Leaving Certificate Examination (including Day School Certificate (Higher) General paper), 1936
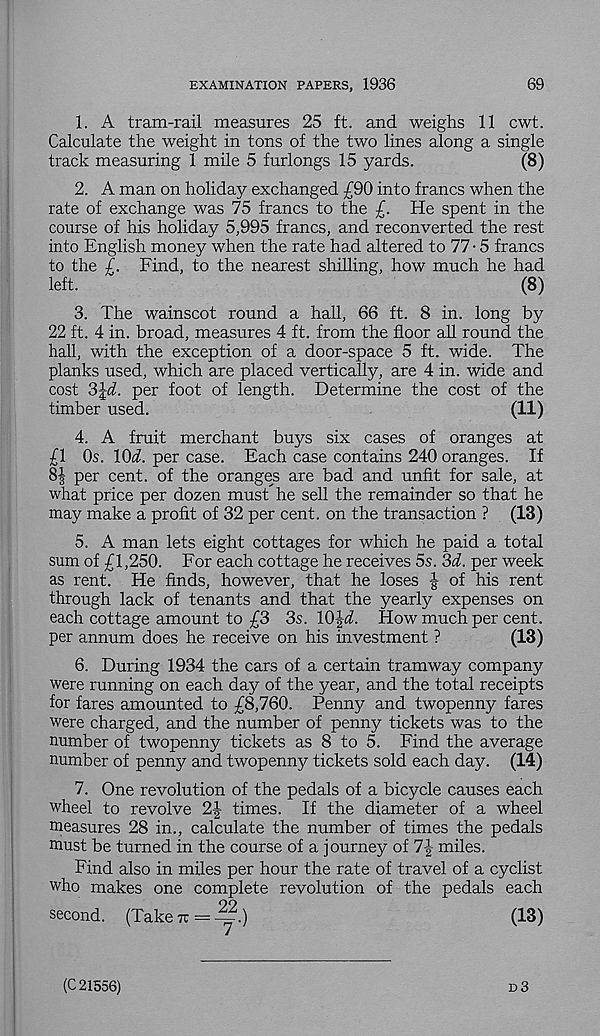
EXAMINATION PAPERS, 1936
69
1. A tram-rail measures 25 ft. and weighs 11 cwt.
Calculate the weight in tons of the two lines along a single
track measuring 1 mile 5 furlongs 15 yards.
(8)
2. A man on holiday exchanged £90 into francs when the
rate of exchange was 75 francs to the £. He spent in the
course of his holiday 5,995 francs, and reconverted the rest
into English money when the rate had altered to 77 • 5 francs
to the £. Find, to the nearest shilling, how much he had
left.
(8)
3. The wainscot round a hall, 66 ft. 8 in. long by
22 ft. 4 in. broad, measures 4 ft. from the floor all round the
hall, with the exception of a door-space 5 ft. wide. The
planks used, which are placed vertically, are 4 in. wide and
cost 3|A. per foot of length. Determine the cost of the
timber used.
(11)
4. A fruit merchant buys six cases of oranges at
£1 Os. \0d. per case. Each case contains 240 oranges. If
8| per cent, of the oranges are bad and unfit for sale, at
what price per dozen must" he sell the remainder so that he
may make a profit of 32 per cent, on the transaction ? (13)
5. A man lets eight cottages for which he paid a total
sum of £1,250. For each cottage he receives 5s. 3A per week
as rent. He finds, however, that he loses | of his rent
through lack of tenants and that the yearly expenses on
each cottage amount to £3 3s. 10|^. How much per cent,
per annum does he receive on his investment ?
(13)
6. During 1934 the cars of a certain tramway company
were running on each day of the year, and the total receipts
for fares amounted to £8,760. Penny and twopenny fares
were charged, and the number of penny tickets was to the
number of twopenny tickets as 8 to 5. Find the average
number of penny and twopenny tickets sold each day. (14)
7. One revolution of the pedals of a bicycle causes each
wheel to revolve 2|- times. If the diameter of a wheel
measures 28 in., calculate the number of times the pedals
must be turned in the course of a journey of 7|- miles.
Find also in miles per hour the rate of travel of a cyclist
who makes one complete revolution of the pedals each
second. (Take n = ~.)
(13)
(C 21556)
d3